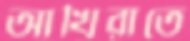
আখিরাতে